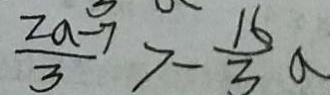
\frac { 2 a - 7 } { 3 } > - \frac { 1 6 } { 3 } a